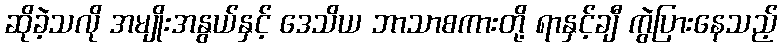
ဆိုခဲ့သလို အမျိုးအနွယ်နှင့် ဒေသိယ ဘာသာစကားတို့ ရာနှင့်ချီ ကွဲပြားနေသည့်